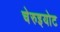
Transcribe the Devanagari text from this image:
चेरुइयोट